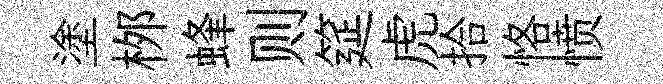
塗桞蜂则筵虎拾恪愤